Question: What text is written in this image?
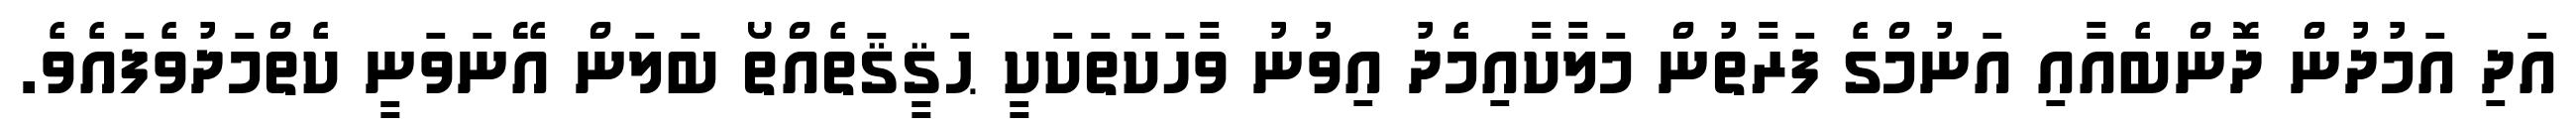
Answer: އަދި އަމުދުން ދޮންބެއާއި އަނުމްގެ ފަރާތުން މަލާކާއިމެދު އިވުނު ވާހަކަތަކަކީ ޙަޤީޤަތެއްތޯ ބަލަން އޭނަވަނީ ކެތްމަދުވެފައެވެ.